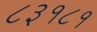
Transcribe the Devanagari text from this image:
८३१८१